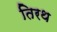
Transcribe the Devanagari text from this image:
तिरथ